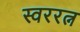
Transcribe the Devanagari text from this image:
स्वररत्न